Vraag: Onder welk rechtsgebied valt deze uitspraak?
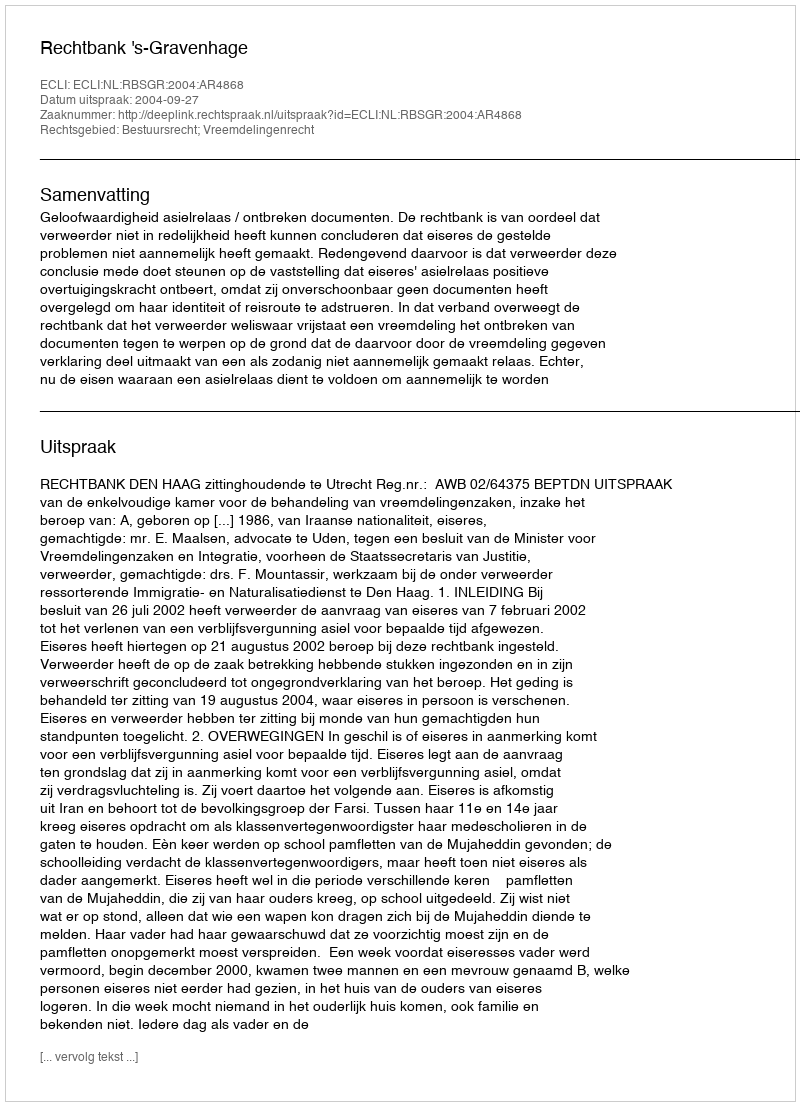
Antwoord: Bestuursrecht; Vreemdelingenrecht